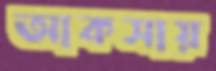
আকসায়